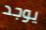
يوجد